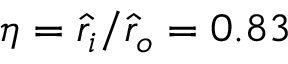
\eta = \hat { r } _ { i } / \hat { r } _ { o } = 0 . 8 3